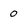
Character: 0